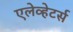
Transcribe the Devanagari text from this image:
एलेव्हेटर्स